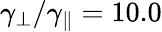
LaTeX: \gamma_{\perp}/\gamma_{\parallel}=10.0